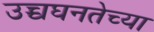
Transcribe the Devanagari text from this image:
उच्चघनतेच्या